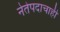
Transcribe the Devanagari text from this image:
नेतेपदाचाही